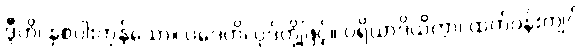
ဒွီဟိ၊ နှစ်ပါးကုန်သော။ ပဒေဟိ၊ ပုဒ်တို့ဖြင့်။ ပရိယာဒိယိတွာ၊ ထက်ဝန်းကျင်